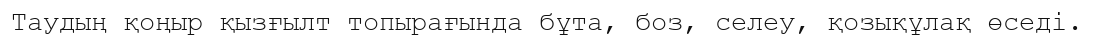
Таудың қоңыр қызғылт топырағында бұта, боз, селеу, қозықұлақ өседі.